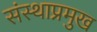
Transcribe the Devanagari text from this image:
संस्थाप्रमुख